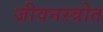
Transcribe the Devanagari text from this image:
जीवनस्त्रोत